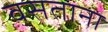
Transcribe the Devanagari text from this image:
वसताना